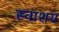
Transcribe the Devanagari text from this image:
स्वाशय